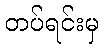
တပ်ရင်းမှ